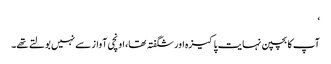
‘
آپ کا بچپن نہایت پاکیزہ اور شگفتہ تھا، اونچی آواز سے نہیں بولتے تھے۔